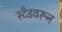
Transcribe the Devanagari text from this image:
स्टँडवरून